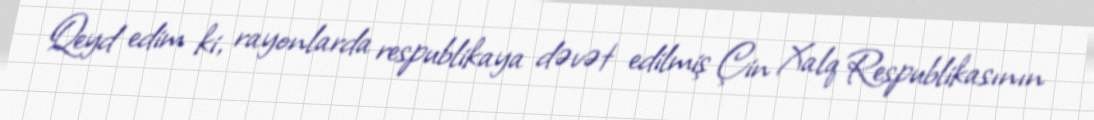
Qeyd edim ki, rayonlarda respublikaya dəvət edilmiş Çin Xalq Respublikasının